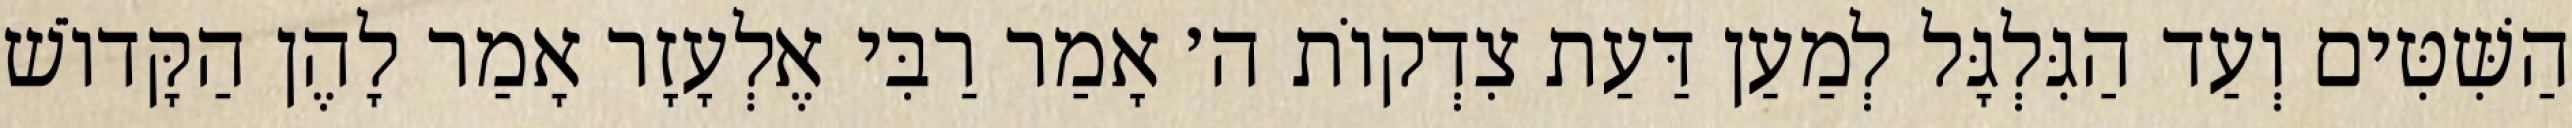
הַשִּׁטִּים וְעַד הַגִּלְגָּל לְמַעַן דַּעַת צִדְקוֹת ה׳ אָמַר רַבִּי אֶלְעָזָר אָמַר לָהֶן הַקָּדוֹשׁ